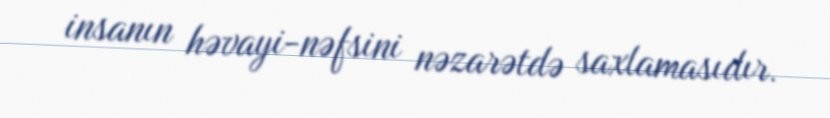
insanın həvayi-nəfsini nəzarətdə saxlamasıdır.